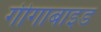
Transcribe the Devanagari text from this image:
गीगाबाइड